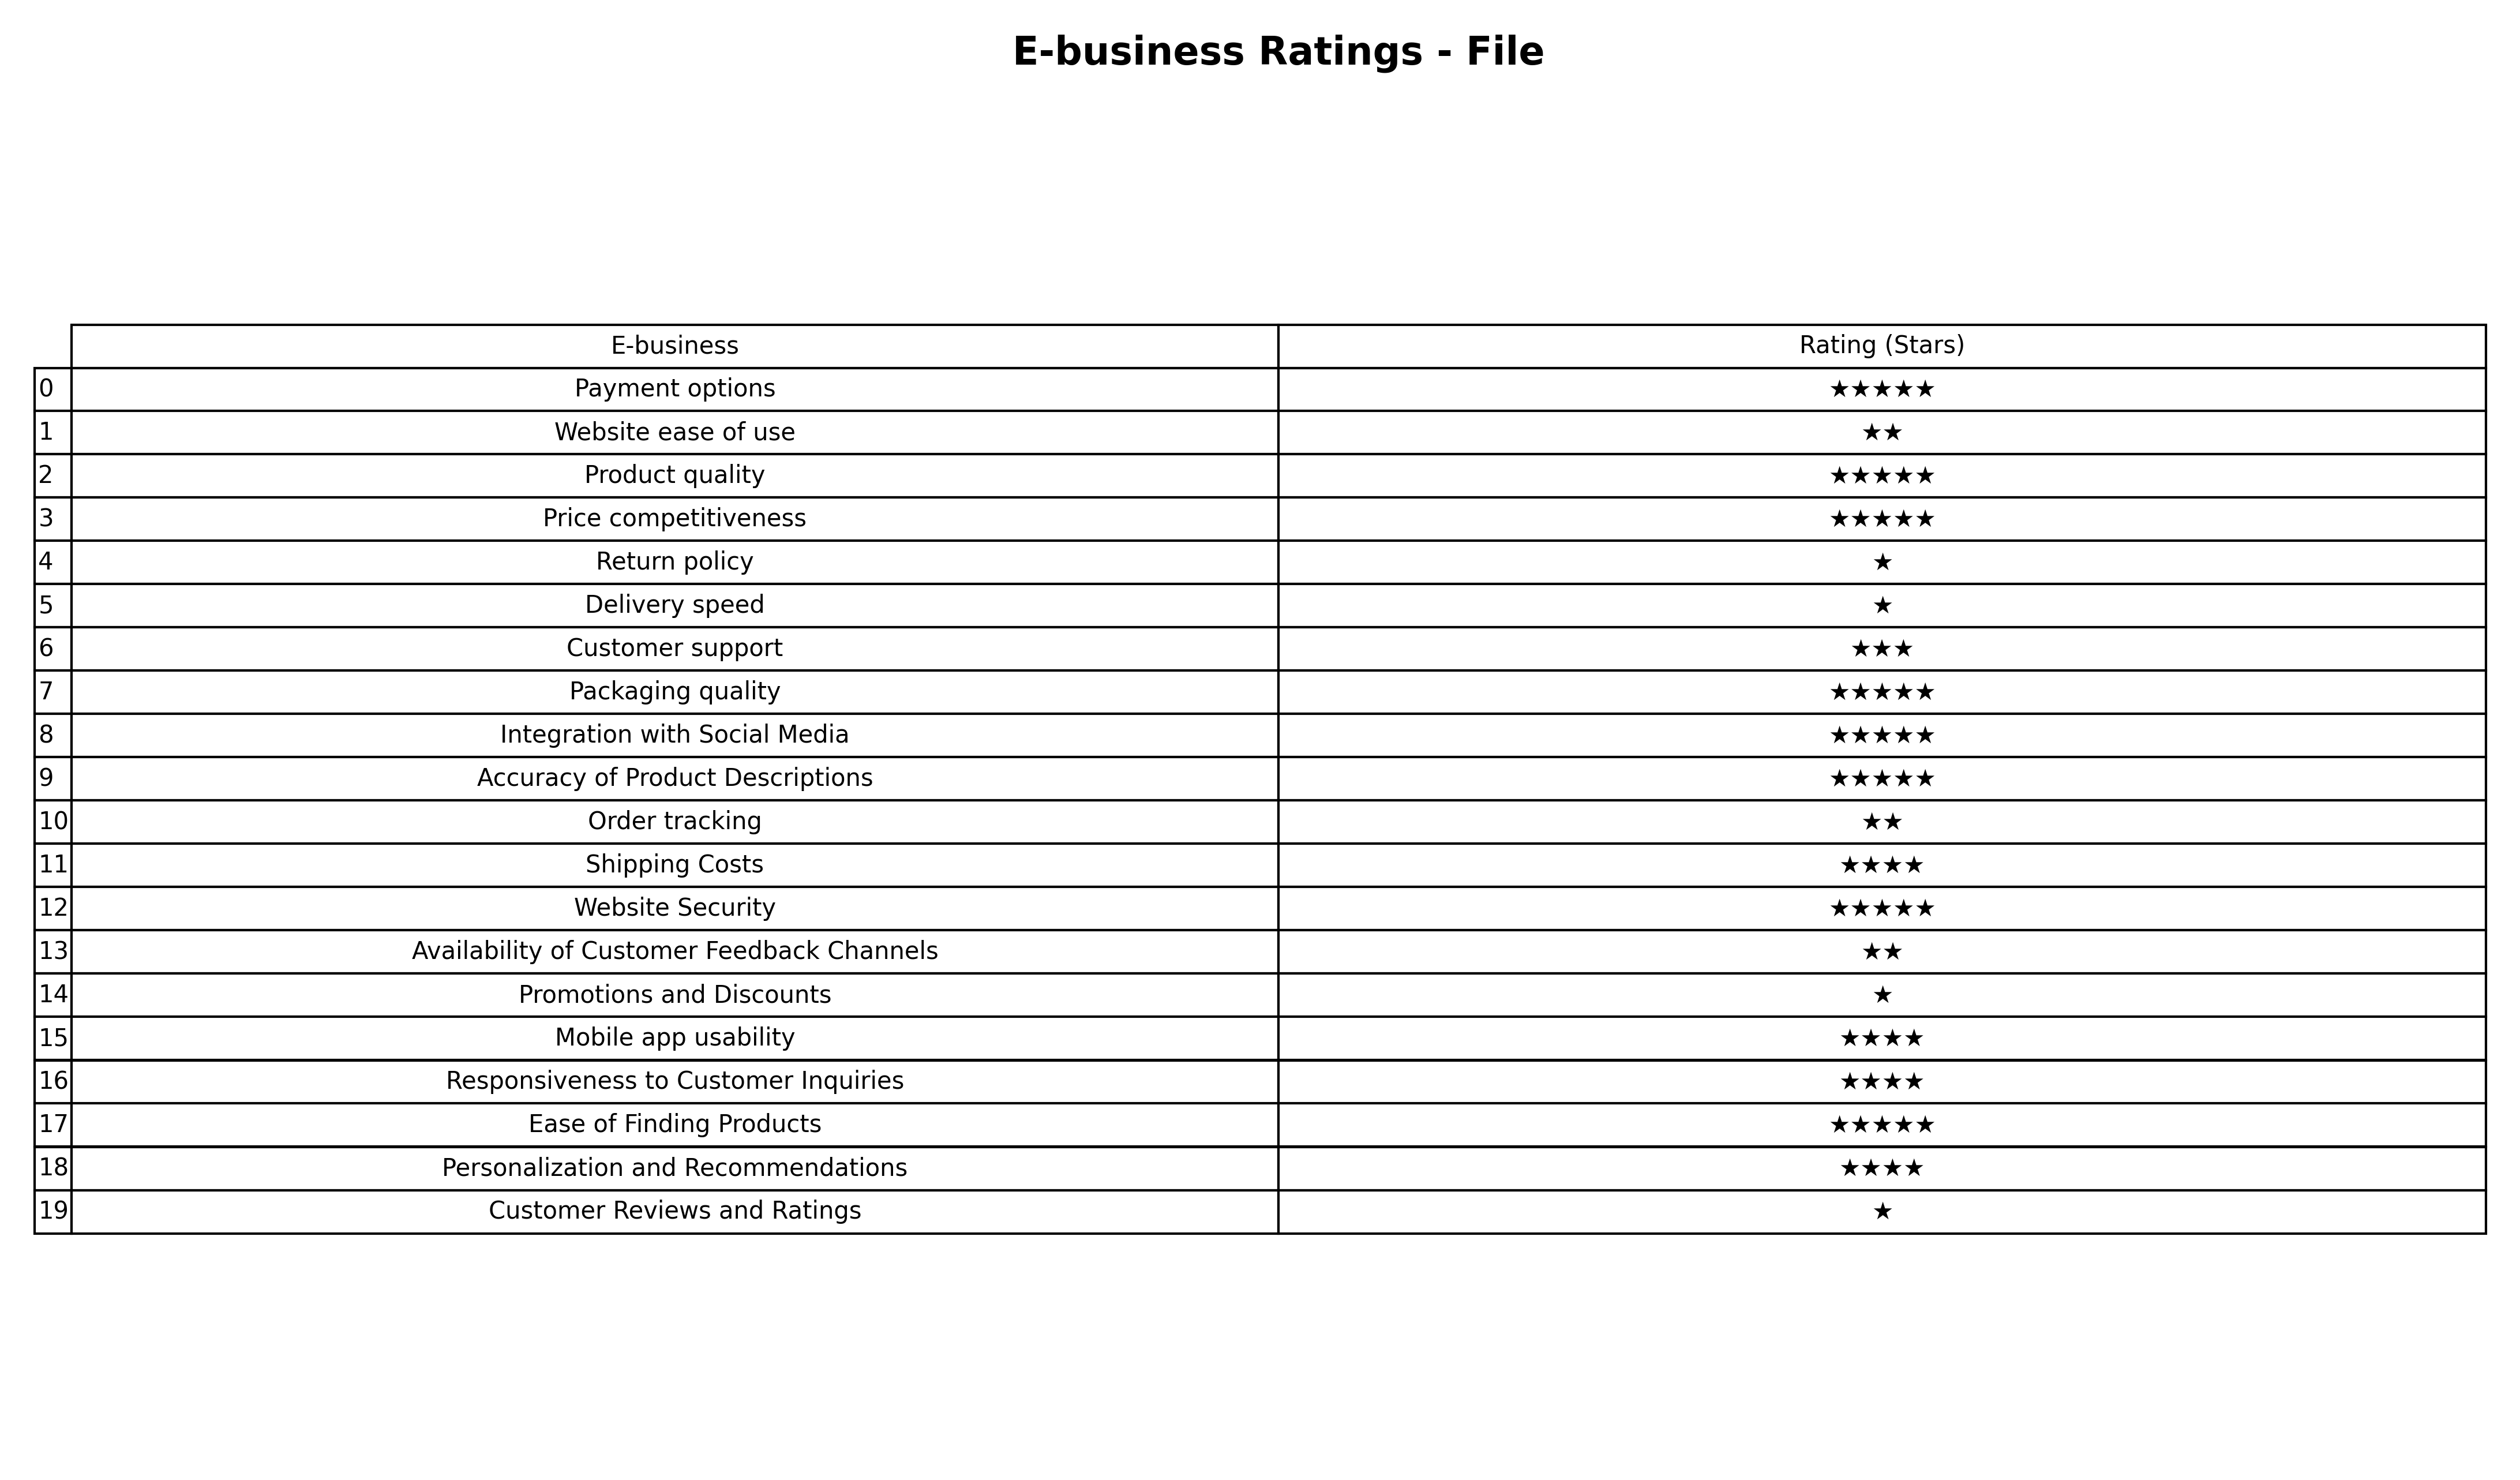
question: Which services are rated average?
answer: Customer support